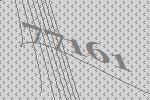
77161